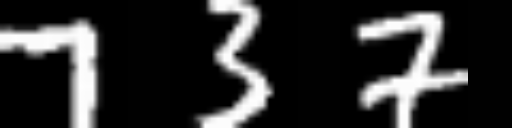
Text: 737